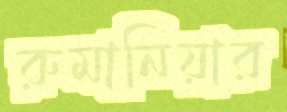
রুমানিয়ার